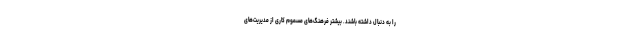
را به دنبال داشته باشند. بیشتر فرهنگ‌های مسموم کاری از مدیریت‌های